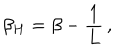
\beta _ { H } = \beta - { \frac { 1 } { L } } \, ,